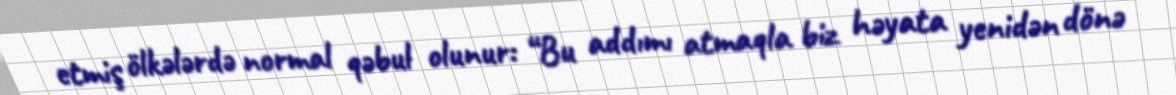
etmiş ölkələrdə normal qəbul olunur: “Bu addımı atmaqla biz həyata yenidən dönə